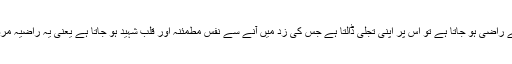
جب اللہ کسی سے راضی ہو جاتا ہے تو اس پر اپنی تجلی ڈالتا ہے جس کی زد میں آنے سے نفس مطمئنہ اور قلب شہید ہو جاتا ہے یعنی یہ راضیہ مرضیہ کا مقام ہے۔